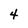
Character: 4